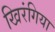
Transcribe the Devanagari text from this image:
खिरंगिया